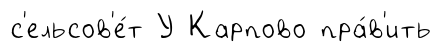
с'ельсов'е́т У Карпово пра́в'ить